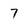
Character: 7